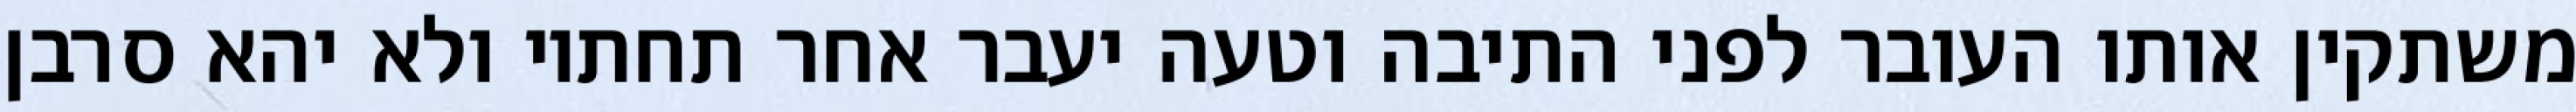
משתקין אותו העובר לפני התיבה וטעה יעבר אחר תחתיו ולא יהא סרבן